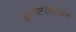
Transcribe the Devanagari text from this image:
द्राक्षांसाठीदेखील